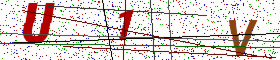
Text: U1V